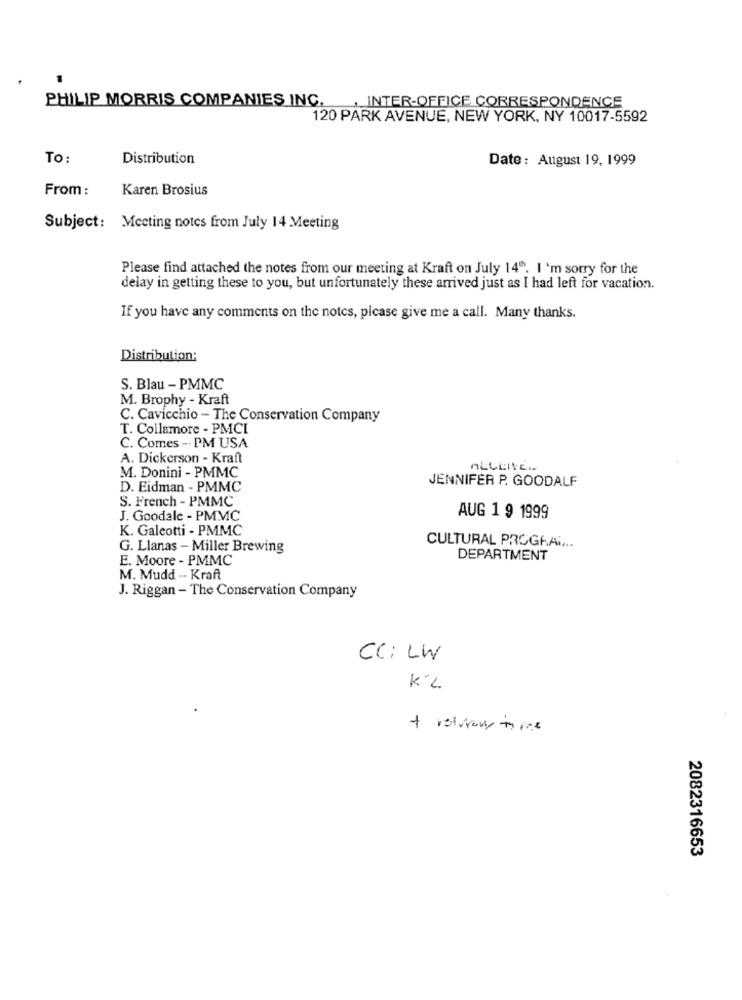
PHILIP MORRIS COMPANIES INC.
. INTER-OFFICE CORRESPONDENCE
120 PARK AVENUE, NEW YORK, NY 10017-5592
To:
Distribution
Date: August 19, 1999
From :
Karen Brosius
Subject: Meeting notes from July 14 Meeting
Please find attached the notes from our meeting at Kraft on July 14". I'm sorry for the
delay in getting these to you, but unfortunately these arrived just as I had left for vacation.
If you have any comments on the notes, picase give me a call. Many thanks.
Distribution:
S. Blau - PMMC
M. Brophy - Kraft
C. Cavicchio - The Conservation Company
T. Collamore - PMCI
C. Comes -. PM USA
A. Dickerson - Kraft
M. Donini - PMMC
JENNIFER P. GOODALF
D. Eidman - PMMC
S. French - PMMC
J. Goodale - PMMC
AUG 1 9 1999
K. Galeotti - PMMC
G. Llanas - Miller Brewing
CULTURAL PROGRA.
E. Moore - PMMC
DEPARTMENT
M. Mudd -- Kraft
J. Riggan - The Conservation Company
CC: LW
2082316653